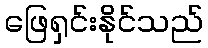
ဖြေရှင်းနိုင်သည်